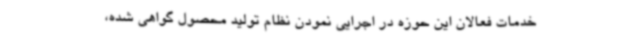
خدمات فعالان این حوزه در اجرایی نمودن نظام تولید محصول گواهی شده،